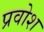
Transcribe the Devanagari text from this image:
प्रवोश